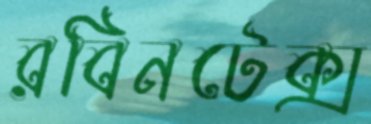
রবিনটেক্স